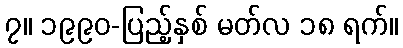
၇။ ၁၉၉၀-ပြည့်နှစ် မတ်လ ၁၈ ရက်။